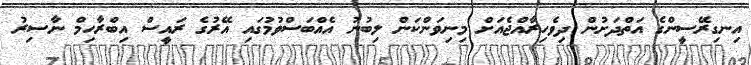
އިނގިރޭސީންގެ އަތްދަށުން ދިވެހިރާއްޖެއަށް މިނިވަންކަން ލިބުނު އެއްބަސްވުމުގައި އޭރުގެ ރައީސް އިބްރާހިމް ނާސިރު